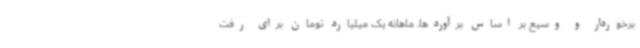
برخوردار و وسیع بر اساس برآوردها، ماهانه یک میلیارد تومان برای رفت